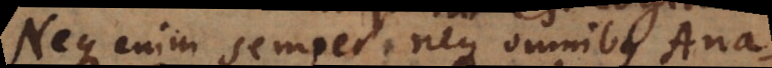
Neque enim semper, neque omnibus Anal